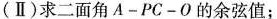
(Ⅱ)求二面角A-PC-O的余弦值；